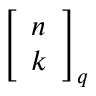
{ \left[ \begin{array} { l } { n } \\ { k } \end{array} \right] } _ { q }